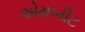
એમબીટ